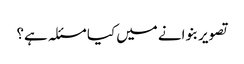
تصویر بنوانے میں کیا مسئلہ ہے؟